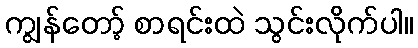
ကျွန်တော့် စာရင်းထဲ သွင်းလိုက်ပါ။